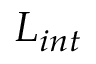
L _ { i n t }